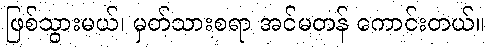
ဖြစ်သွားမယ်၊ မှတ်သားစရာ အင်မတန် ကောင်းတယ်။